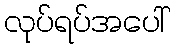
လုပ်ရပ်အပေါ်